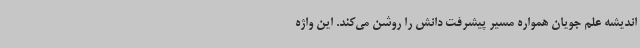
اندیشه علم جویان همواره مسیر پیشرفت دانش را روشن می‌کند. این واژه